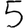
Digit: 5